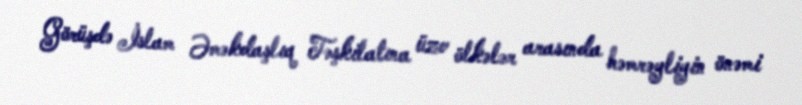
Görüşdə İslam Əməkdaşlıq Təşkilatına üzv ölkələr arasında həmrəyliyin önəmi